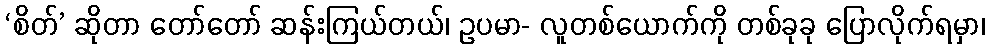
‘စိတ်’ ဆိုတာ တော်တော် ဆန်းကြယ်တယ်၊ ဥပမာ- လူတစ်ယောက်ကို တစ်ခုခု ပြောလိုက်ရမှာ၊